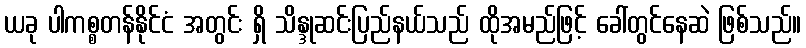
ယခု ပါကစ္စတန်နိုင်ငံ အတွင်း ရှိ သိန္ဒုဆင်းပြည်နယ်သည် ထိုအမည်ဖြင့် ခေါ်တွင်နေဆဲ ဖြစ်သည်။